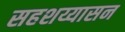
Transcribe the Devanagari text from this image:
सहशय्यासन